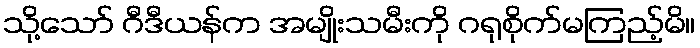
သို့သော် ဂီဒီယန်က အမျိုးသမီးကို ဂရုစိုက်မကြည့်မိ။